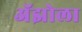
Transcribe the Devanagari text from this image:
अॅझोला